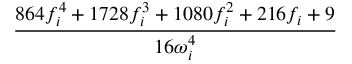
\frac { 8 6 4 f _ { i } ^ { 4 } + 1 7 2 8 f _ { i } ^ { 3 } + 1 0 8 0 f _ { i } ^ { 2 } + 2 1 6 f _ { i } + 9 } { 1 6 \omega _ { i } ^ { 4 } }